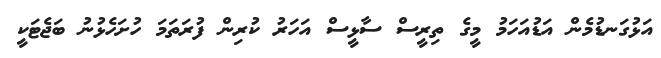
އަޅުގަނޑުމެން އަޑުއަހަމު މީގެ ތިރީސް ސާޅީސް އަހަރު ކުރިން ފުރަތަމަ ހުށަހެޅުނު ބަޖެޓަކީ